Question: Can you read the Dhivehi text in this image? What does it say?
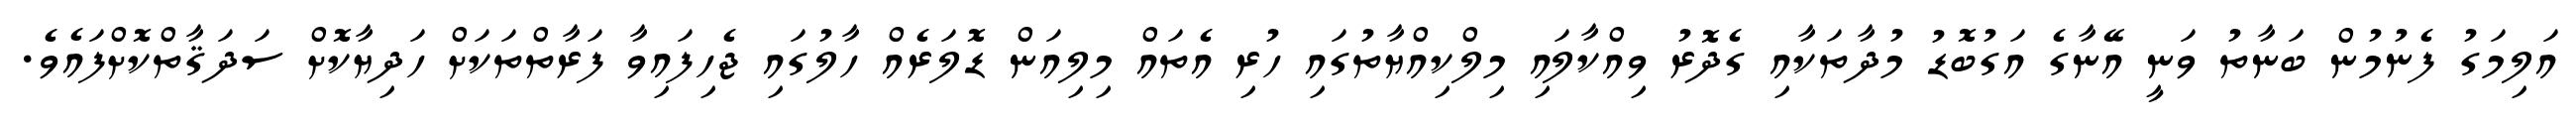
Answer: އަލިމަގު ފެނުމުން ބަނާތު ވަނީ އޭނާގެ އަގުބޮޑު މުދާތަކާއި ގެދޮރު ވިއްކާލައި މިލްކިއްޔާތުގައި ހުރި އެތައް މިލިއަން ޑޮލަރެއް ހާލުގައި ޖެހިފައިވާ ފަރާތްތަކަށް ހަދިޔާކޮށް ސަދަޤާތްކޮށްފައެވެ.